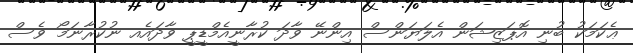
ޢެކަމަކު ބުނި އޮޕަޒިޝަން އެލަޔަންސް އިންނޭ ވާދަ ކުރާނީއެމްޑީޕީ ވާދައެއ ނުކުރާނަމޯ ވެސް